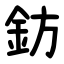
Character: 鈁